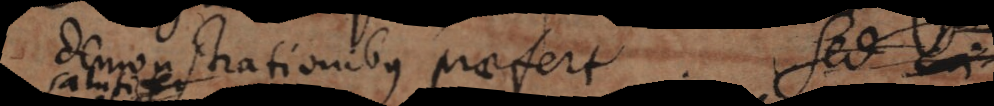
demonstrationibus praefert. Sed